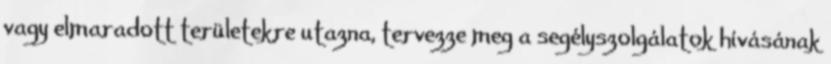
vagy elmaradott területekre utazna, tervezze meg a segélyszolgálatok hívásának